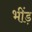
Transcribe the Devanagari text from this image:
भींड़